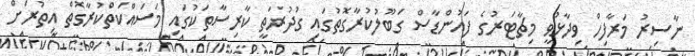
ނާސިރު މަރާފިހް ވިދާޅުވީ މިޗާޓަރުގެ ފައުންޑާސް ގަބޫލުކުރާގޮތުގައި ގުދުރަތީ ކާރިސާތަކުގައި މަސައްކަތްކުރާގޮތް އިތުރަށް